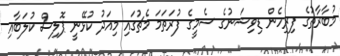
މުބާރާތުގެ ފިރިހެން ޑިވިޝަނުގެ ސެމީގެ ފުރަތަމަ މެޗުގައި މިއަދު ކުޅޭނީ ޕޮލިސް ކުލަބާއި